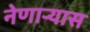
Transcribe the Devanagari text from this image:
नेणाऱ्यास